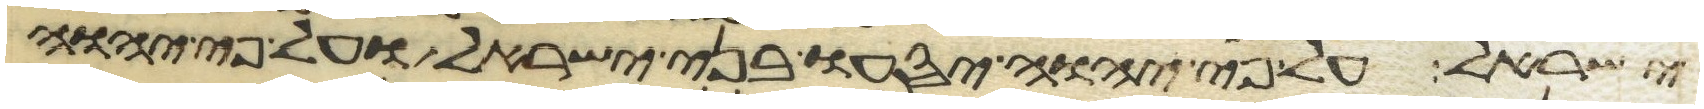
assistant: ישראל על פי יהוה יסעו בני ישראל ועל פי יהוה